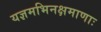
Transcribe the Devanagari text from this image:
यज्ञमभिनक्षमाणाः